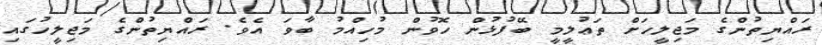
ރައްޔިތުންގެ މަޖިލީހަށް ތަޢުލީމީ ބޭފުޅުން ހޮވުން މުހިއްމު ބާވަ އެވެ. ރައްޔިތުންގެ މަޖިލީހުގައި